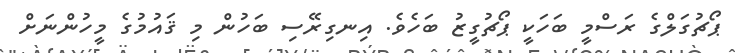
ޕޯޗުގަލްގެ ރަސްމީ ބަހަކީ ޕޯޗުގީޒު ބަހެވެ. އިނގިރޭސި ބަހުން މި ޤައުމުގެ މީހުންނަށް